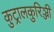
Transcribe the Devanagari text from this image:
कुट्रालकुरिञ्जी